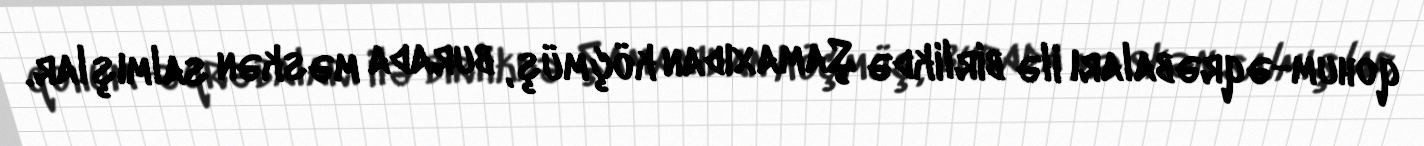
qohum-əqrəbaları ilə birlikdə Şamaxıdan köçmüş, burada məskən salmışlar.